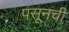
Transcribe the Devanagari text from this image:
पसूनची